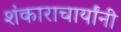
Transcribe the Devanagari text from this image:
शंकाराचार्यांनी